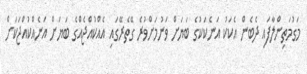
މަގުމަތިންލާފައި ދެބެން އެކަކު އަނެކަކުގެ ބަޔަށް ވަނުމަށްވުރެ ގޭތެރޭގައި އެއްކުއްޖެއްގެ ބަޔަށް އަނެއްކުއްޖަކަށް